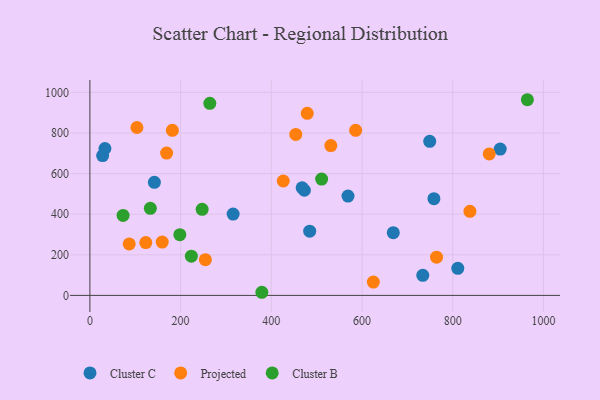
{"axis": {"x": "Experience", "y": "Fuel Efficiency"}, "legend": ["Cluster B", "Cluster C", "Projected"], "data": [{"x": "811.1", "y": 133.5, "type": "Cluster C"}, {"x": "749.2", "y": 758.8, "type": "Cluster C"}, {"x": "28.1", "y": 688.8, "type": "Cluster C"}, {"x": "484.6", "y": 316.6, "type": "Cluster C"}, {"x": "569.0", "y": 489.2, "type": "Cluster C"}, {"x": "315.8", "y": 400.6, "type": "Cluster C"}, {"x": "472.9", "y": 517.9, "type": "Cluster C"}, {"x": "33.2", "y": 723.7, "type": "Cluster C"}, {"x": "668.9", "y": 309.2, "type": "Cluster C"}, {"x": "733.9", "y": 98.8, "type": "Cluster C"}, {"x": "142.2", "y": 557.0, "type": "Cluster C"}, {"x": "758.5", "y": 476.4, "type": "Cluster C"}, {"x": "467.9", "y": 530.2, "type": "Cluster C"}, {"x": "904.6", "y": 720.7, "type": "Cluster C"}, {"x": "837.8", "y": 414.3, "type": "Projected"}, {"x": "585.9", "y": 813.4, "type": "Projected"}, {"x": "86.7", "y": 253.4, "type": "Projected"}, {"x": "624.9", "y": 65.8, "type": "Projected"}, {"x": "169.2", "y": 701.3, "type": "Projected"}, {"x": "159.4", "y": 262.7, "type": "Projected"}, {"x": "181.9", "y": 813.1, "type": "Projected"}, {"x": "764.3", "y": 188.1, "type": "Projected"}, {"x": "103.7", "y": 827.1, "type": "Projected"}, {"x": "453.9", "y": 792.9, "type": "Projected"}, {"x": "531.2", "y": 737.9, "type": "Projected"}, {"x": "426.3", "y": 563.5, "type": "Projected"}, {"x": "254.6", "y": 176.0, "type": "Projected"}, {"x": "123.3", "y": 260.4, "type": "Projected"}, {"x": "479.2", "y": 897.0, "type": "Projected"}, {"x": "880.4", "y": 696.9, "type": "Projected"}, {"x": "133.3", "y": 429.1, "type": "Cluster B"}, {"x": "223.7", "y": 193.4, "type": "Cluster B"}, {"x": "73.2", "y": 393.9, "type": "Cluster B"}, {"x": "964.5", "y": 963.9, "type": "Cluster B"}, {"x": "198.3", "y": 298.9, "type": "Cluster B"}, {"x": "510.9", "y": 573.0, "type": "Cluster B"}, {"x": "379.1", "y": 15.4, "type": "Cluster B"}, {"x": "247.5", "y": 423.9, "type": "Cluster B"}, {"x": "264.4", "y": 946.2, "type": "Cluster B"}]}